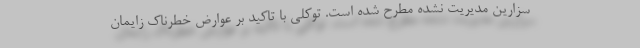
سزارین مدیریت نشده مطرح شده است. توکلی با تاکید بر عوارض خطرناک زایمان